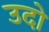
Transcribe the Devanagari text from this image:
उदो